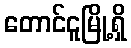
တောင်ငူမြို့ရှိ